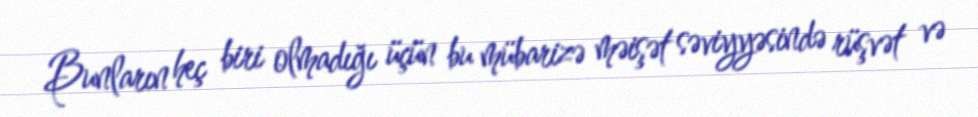
Bunların heç biri olmadığı üçün bu mübarizə məişət səviyyəsində rüşvət və